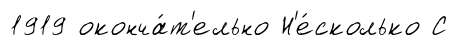
1919 оконча́т'ельно Н'е́сколько С